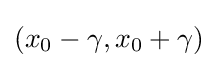
(x_{0}-\gamma ,x_{0}+\gamma )